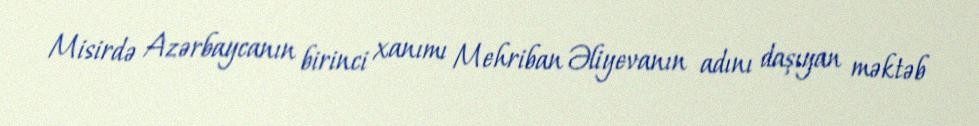
Misirdə Azərbaycanın birinci xanımı Mehriban Əliyevanın adını daşıyan məktəb